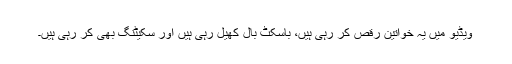
ویڈیو میں یہ خواتین رقص کر رہی ہیں، باسکٹ بال کھیل رہی ہیں اور سکیٹنگ بھی کر رہی ہیں۔